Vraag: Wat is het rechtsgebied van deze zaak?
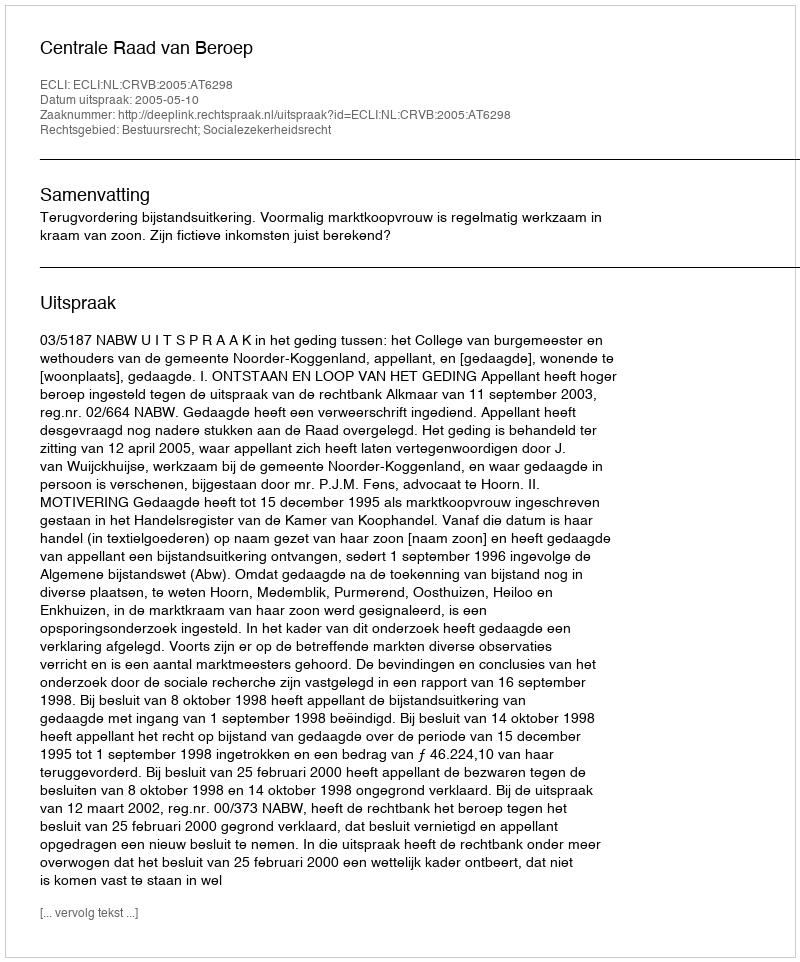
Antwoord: Bestuursrecht; Socialezekerheidsrecht